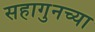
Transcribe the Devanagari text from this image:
सहागुनच्या